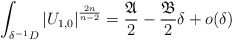
\begin{align*}\int_{\delta^{-1}D}\left|U_{1,0}\right|^{\frac{2n}{n-2}}=\frac{\mathfrak{A}}{2}-\frac{\mathfrak{B}}{2}\delta + o(\delta)\end{align*}